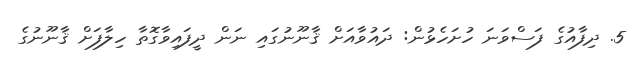
5. ދިފާއުގެ ފަސްވަނަ ހުށަހެޅުން: ދައުވާއަށް ޤާނޫނުގައި ނަން ދީފައިވާގޮތާ ހިލާފަށް ޤާނޫނުގެ